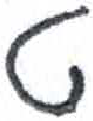
אות: ט